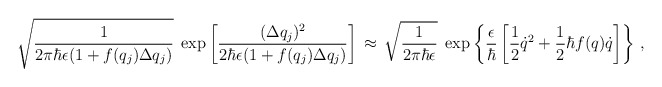
\begin{align*}\sqrt{ \frac{ 1 }{ 2 \pi \hbar \epsilon ( 1 + f(q_j) \Delta q_j ) } } \;\exp \left [ \frac{ ( \Delta q_j )^2}{ 2 \hbar \epsilon ( 1 + f(q_j)\Delta q_j)} \right ] \, \approx \, \sqrt{ \frac{ 1 }{ 2 \pi \hbar \epsilon} }\; \exp \left \{ \frac{ \epsilon }{ \hbar } \left [\frac{1}{2} {\dot{q}}^2 + \frac{1}{2} \hbar f(q) \dot{q} \right ] \right \} \,,\end{align*}